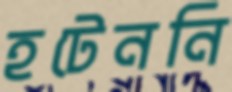
হটেননি